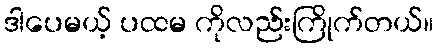
ဒါပေမယ့် ပထမ ကိုလည်းကြိုက်တယ်။